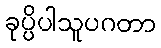
ခုပ္ပိပါသူပဂတာ